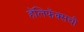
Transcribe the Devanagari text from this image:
हॅलिफॅक्सची